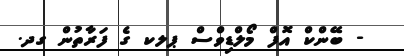
- ބޭންކް އޮފް މޯލްޑިވްސް ޕލކ ގެ ފަރާތުން ގދ.